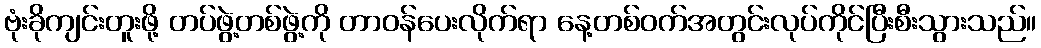
ဗုံးခိုကျင်းတူးဖို့ တပ်ဖွဲ့တစ်ဖွဲ့ကို တာဝန်ပေးလိုက်ရာ နေ့တစ်ဝက်အတွင်းလုပ်ကိုင်ပြီးစီးသွားသည်။